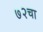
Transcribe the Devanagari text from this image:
७२चा